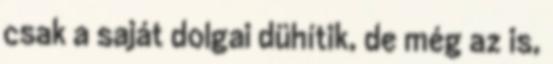
csak a saját dolgai dühítik, de még az is,